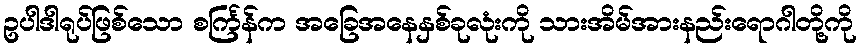
ဥပါဒါရုပ်ဖြစ်သော စင်္ကြန်က အခြေအနေနှစ်ခုလုံးကို သားအိမ်အားနည်းရောဂါတို့ကို